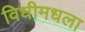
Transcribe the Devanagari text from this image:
विधीमधला